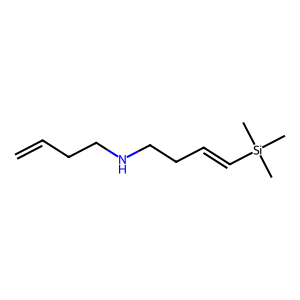
SMILES: C=CCCNCCC=C[Si](C)(C)C
Inhibits HIV replication: No